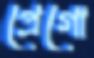
প্রেগো